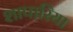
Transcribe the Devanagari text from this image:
शापारिया